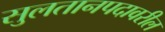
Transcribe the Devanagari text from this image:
सुलतानपदावरील